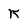
Character: K